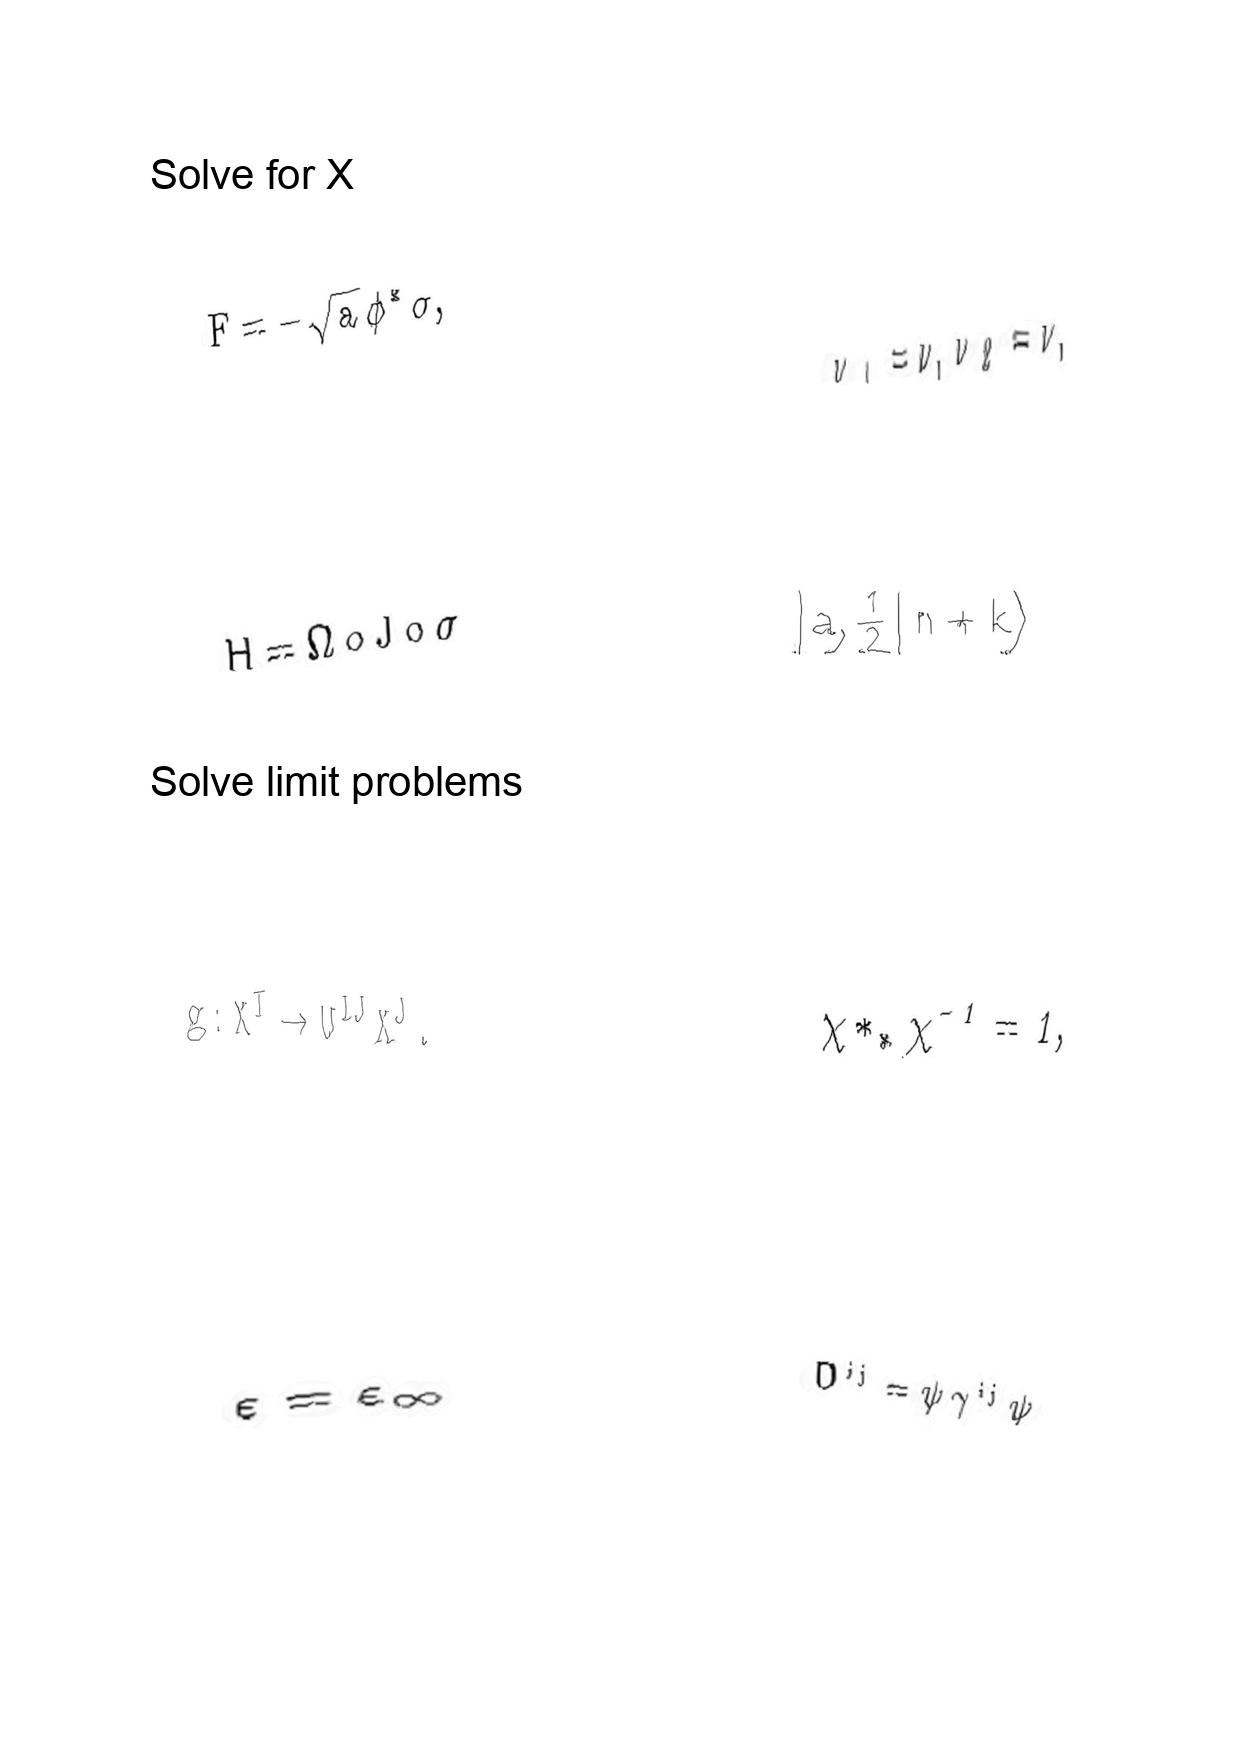
LaTeX transcription:
F = - \sqrt { a } \phi ^ { \ast } \sigma ,
H = \Omega \circ J \circ \sigma
g : X ^ { I } \rightarrow U ^ { I J } X ^ { J } .
\varepsilon = \varepsilon _ { \infty }
\nu _ { 1 } = \nu , \nu _ { 2 } = \nu ,
\vert  a , \frac { 1 } { 2 } \vert n + k \rangle
\chi \ast _ { \ast } \chi ^ { - 1 } = 1 ,
D ^ { i j } = \psi \gamma ^ { i j } \psi